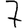
Digit: 7